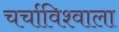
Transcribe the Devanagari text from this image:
चर्चाविश्वाला